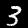
Digit: 3